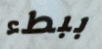
ببطء